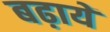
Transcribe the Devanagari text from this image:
बढ़ायें